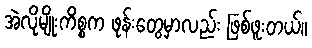
အဲလိုမျိုးကိစ္စက ဖုန်းတွေမှာလည်း ဖြစ်ဖူးတယ်။